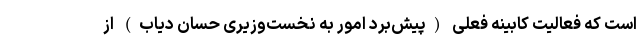
است که فعالیت کابینه فعلی (پیش‌برد امور به نخست‌وزیری حسان دیاب) از